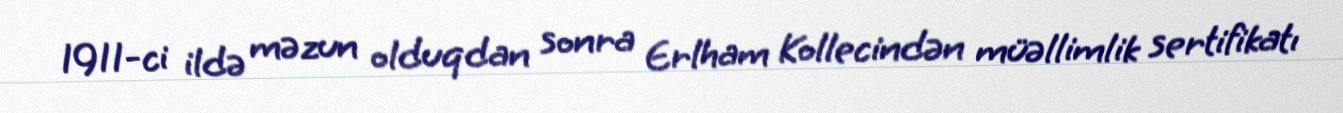
1911-ci ildə məzun olduqdan sonra Erlham Kollecindən müəllimlik sertifikatı